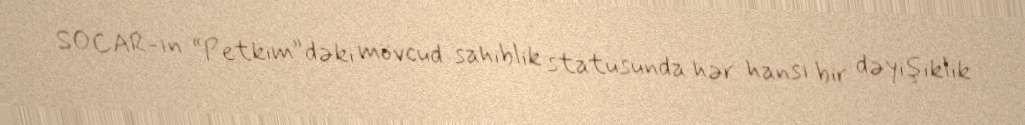
SOCAR-ın “Petkim”dəki mövcud sahiblik statusunda hər hansı bir dəyişiklik